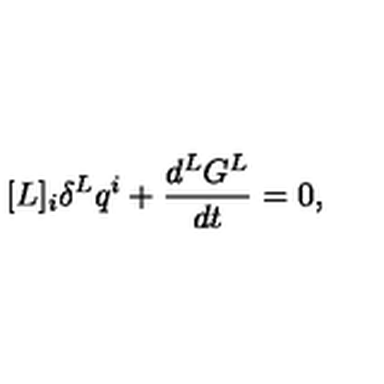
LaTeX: [ L ] _ { i } \delta ^ { L } q ^ { i } + \frac { d ^ { L } G ^ { L } } { d t } = 0 ,